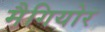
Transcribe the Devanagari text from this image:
मैगियोर